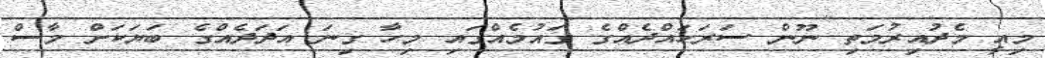
މިއީ މެދުއިރުމަތި ނޫން ސަރަހައްދެއްގެ ގައުމެއްގައި މިހާ ގިނަ އަދަދެއްގެ ބަޔަކަށް މާސް